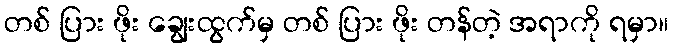
တစ် ပြား ဖိုး ချွေးထွက်မှ တစ် ပြား ဖိုး တန်တဲ့ အရာကို ရမှာ။